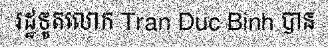
រដ្ឋទូតលោក Tran Duc Binh បាន